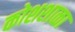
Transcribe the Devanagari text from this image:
कोशशाळा